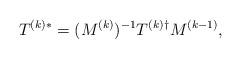
LaTeX: \begin{align*}T^{(k)*} = (M^{(k)})^{-1} T^{(k)\dagger} M^{(k - 1)},\end{align*}